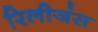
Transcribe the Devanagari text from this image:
रिलीजंस